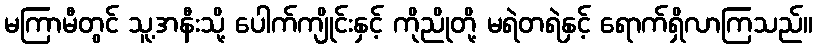
မကြာမီတွင် သူ့အနီးသို့ ပေါက်ကျိုင်းနှင့် ကိုညိုတို့ မရဲတရဲနှင့် ရောက်ရှိလာကြသည်။